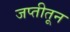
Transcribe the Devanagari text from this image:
जप्तीतून